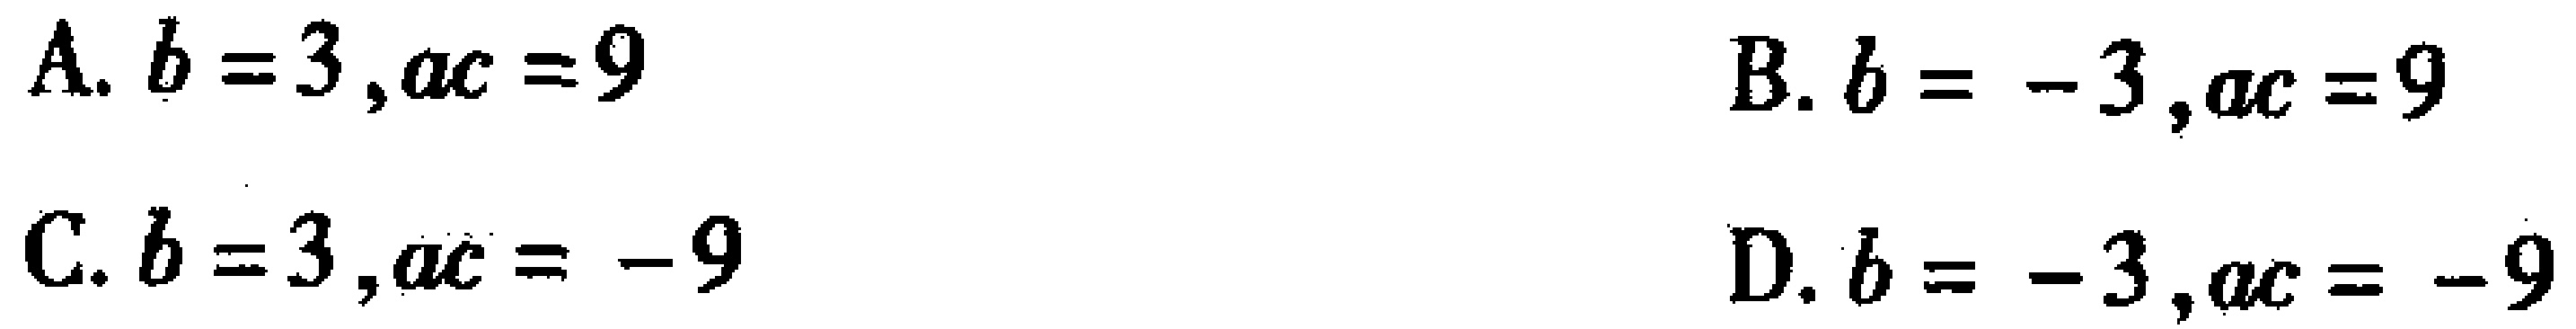
A. \(b = 3,ac = 9\)

B. \(b = - 3,ac = 9\)

C. \(b = 3,ac = - 9\)

D. \(b = - 3,ac = - 9\)